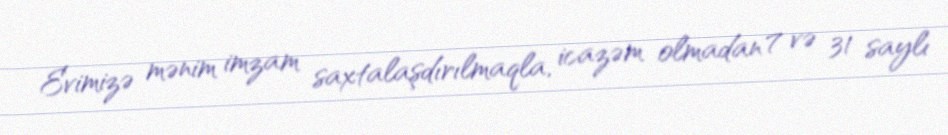
Evimizə mənim imzam saxtalaşdırılmaqla, icazəm olmadan 7 və 31 saylı